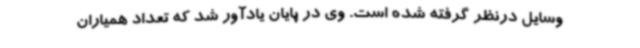
وسایل درنظر گرفته شده است. وی در پایان یادآور شد که تعداد همیاران